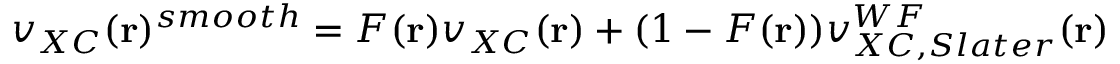
v _ { X C } ( \mathbf { r } ) ^ { s m o o t h } = F ( \mathbf { r } ) v _ { X C } ( \mathbf { r } ) + ( 1 - F ( \mathbf { r } ) ) v _ { X C , S l a t e r } ^ { W F } ( \mathbf { r } )